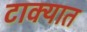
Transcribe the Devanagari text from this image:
टाक्‍यात